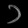
Digit: ၁